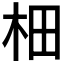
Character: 𣐬